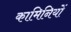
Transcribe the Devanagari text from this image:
कामिनियों